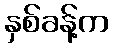
နှစ်ခန့်က